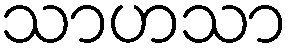
သာဟသာ